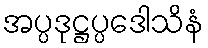
အပ္ပဒုဋ္ဌပ္ပဒေါသိနံ